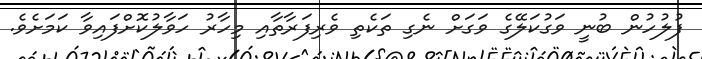
ފުލުހުން ބުނީ ވަގުކަލޭގެ ވަގަށް ނެގި ތަކެތި ވެރިފަރާތާއި މިހާރު ހަވާލުކޮށްފައިވާ ކަމަށެވެ.